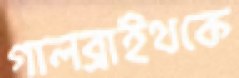
গালব্রাইথকে